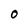
Character: O